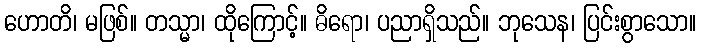
ဟောတိ၊ မဖြစ်။ တသ္မာ၊ ထိုကြောင့်။ ဓိရော၊ ပညာရှိသည်။ ဘုသေန၊ ပြင်းစွာသော။